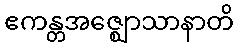
ဧကန္တအဇ္ဈောသာနာတိ